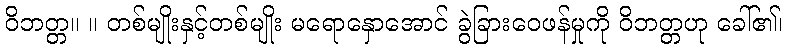
ဝိဘတ္တ။ ။ တစ်မျိုးနှင့်တစ်မျိုး မရောနှောအောင် ခွဲခြားဝေဖန်မှုကို ဝိဘတ္တဟု ခေါ်၏၊